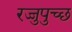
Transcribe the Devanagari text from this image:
रज्जुपुच्छ